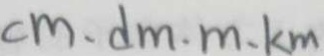
c m \cdot d m \cdot m \cdot k m